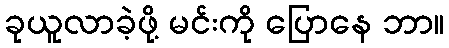
ခုယူလာခဲ့ဖို့ မင်းကို ပြောနေ ဘာ။